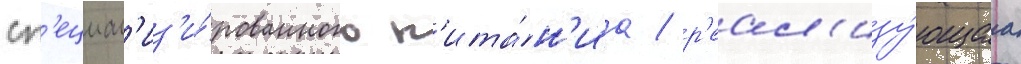
сп'ециал'из'и́рованного п'ита́н'иа / р'еал'изу́ющаа